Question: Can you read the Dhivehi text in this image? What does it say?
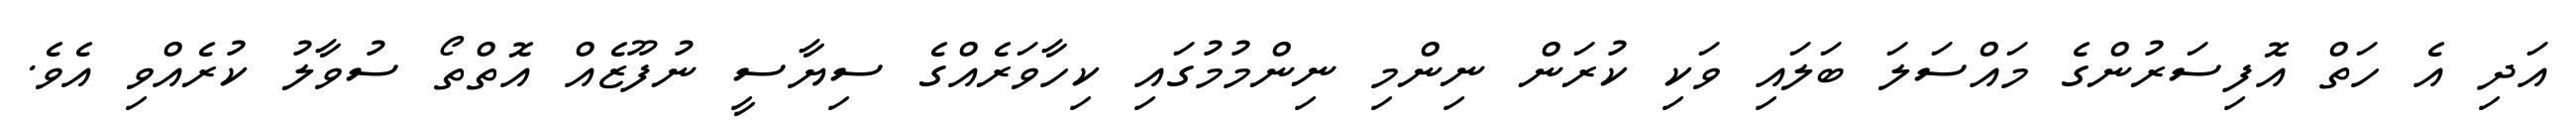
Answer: އަދި އެ ހަތް އޮފިސަރުންގެ މައްސަލަ ބަލައި ވަކި ކުރަން ނިންމި ނިންމުމުގައި ކިހާވަރެއްގެ ސިޔާސީ ނުފޫޒެއް އޮތްތޯ ސުވާލު ކުރެއްވި އެވެ.